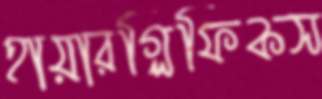
হায়ারগ্লিফিকস